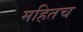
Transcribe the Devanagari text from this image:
महितच